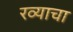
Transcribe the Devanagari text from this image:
रव्याचा